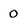
Character: 0